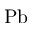
\mathrm { P b }